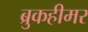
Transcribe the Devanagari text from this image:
ब्रुकहीमर